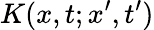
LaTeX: K(x,t;x^{\prime},t^{\prime})